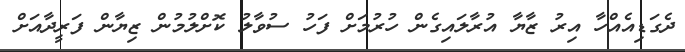
ދެގަޑިއެއްހާ އިރު ޒާޔާ އުރާލައިގެން ހުރުމަށް ފަހު ސުވާލު ކޮށްލުމުން ޒިޔާން ފަރީދާއަށް